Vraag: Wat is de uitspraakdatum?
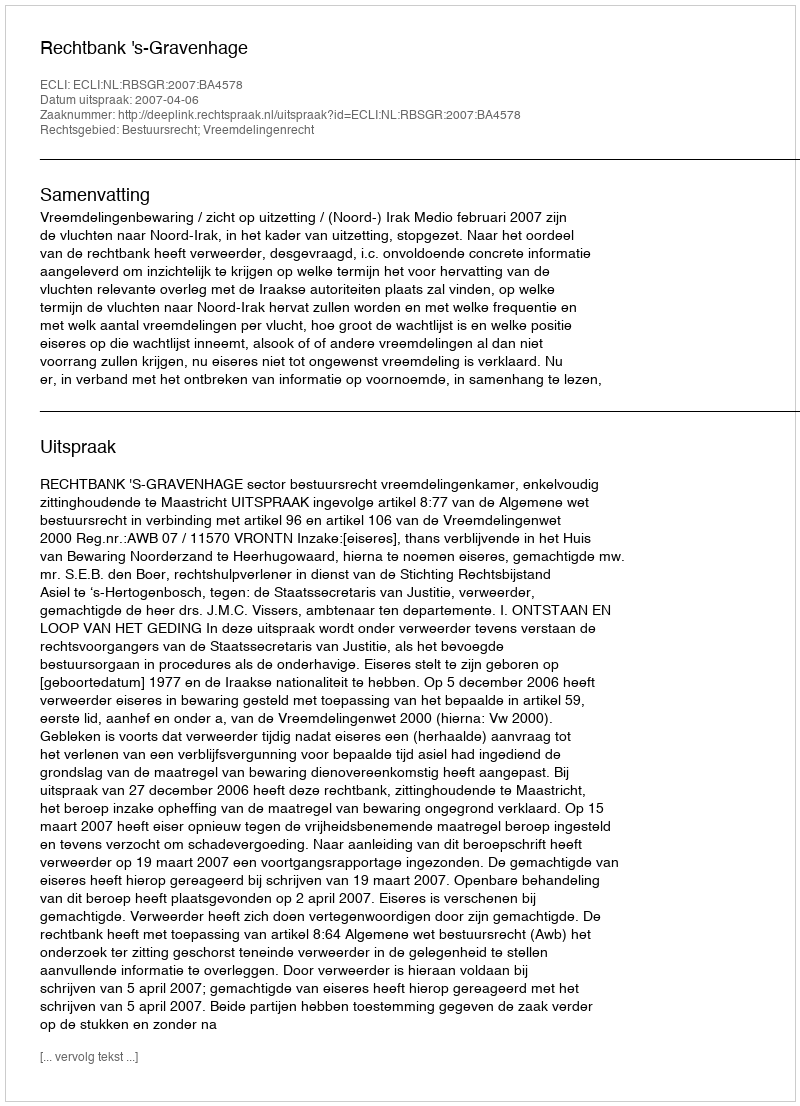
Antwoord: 2007-04-06